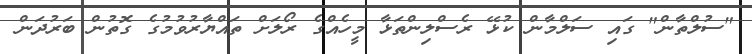
"ސުލްތާން" ގައި ސަލްމާން ކުޅޭ ރެސްލިންތަޅާ މީހެއްގެ ރޯލަށް ތައްޔާރުވުމުގެ ގޮތުން ބަރުދަން